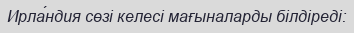
Ирла́ндия сөзі келесі мағыналарды білдіреді: